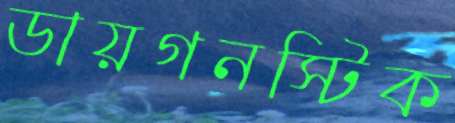
ডায়গনস্টিক